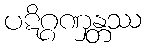
ပဋိဂ္ဂဏှန္တဿ